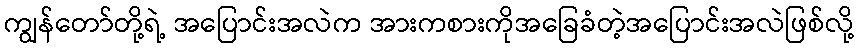
ကျွန်တော်တို့ရဲ့ အပြောင်းအလဲက အားကစားကိုအခြေခံတဲ့အပြောင်းအလဲဖြစ်လို့